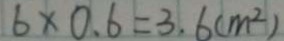
6 \times 0 . 6 = 3 . 6 ( m ^ { 2 } )